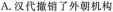
A.汉代撤销了外朝机构